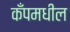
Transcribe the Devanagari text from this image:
कँपमधील